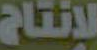
لإنتاج